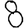
Digit: 8